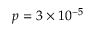
p = 3 \times 1 0 ^ { - 5 }